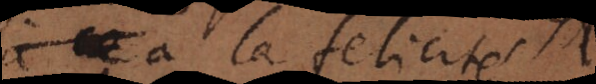
à la felicité